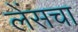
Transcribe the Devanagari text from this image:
लेंसचा